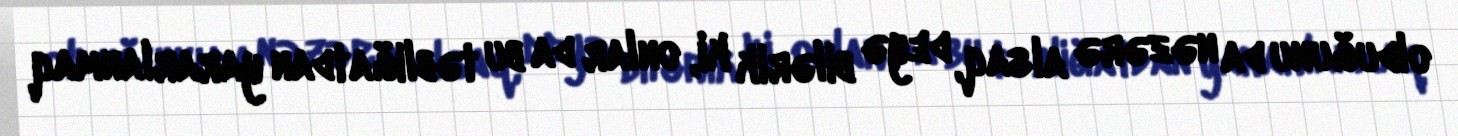
olduğunu da nəzərə alsaq, deyə bilərik ki, onlar da bu təbliğatdan yararlanmaq